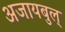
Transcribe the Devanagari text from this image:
अजायबुल्